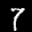
Label: 7